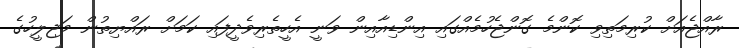
ރާއްޖެއަށް ކުރިމަތިވި ކޮންމެ ގޮންޖެހުމެއްގައި އިންޑިއާއިން ވަނީ އެހީތެރިވެދީފައި ކަމަށް ރައްޔިތުން މަޖިލީހުގެ